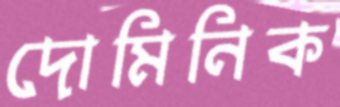
দোমিনিক